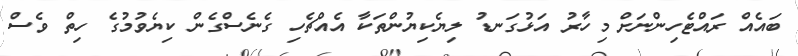
ބައެއް ރައްޓެހިންނަށް މިހާރު އަޅުގަނޑު ލިޔެކިޔުންތަކާ އެއްޗެހި ގެނެސްގެން ކިޔެވުމުގެ ހިތް ވެސް